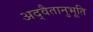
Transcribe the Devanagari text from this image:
अद्वैतानुभूति